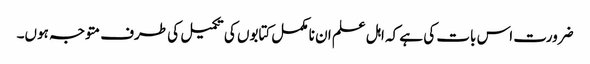
ضرورت اس بات کی ہے کہ اہل علم ان نا مکمل کتابوں کی تکمیل کی طرف متوجہ ہوں۔